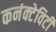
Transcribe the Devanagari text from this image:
कनेक्टेविटी